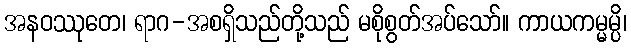
အနဝဿုတေ၊ ရာဂ-အစရှိသည်တို့သည် မစိုစွတ်အပ်သော်။ ကာယကမ္မမ္ပိ၊